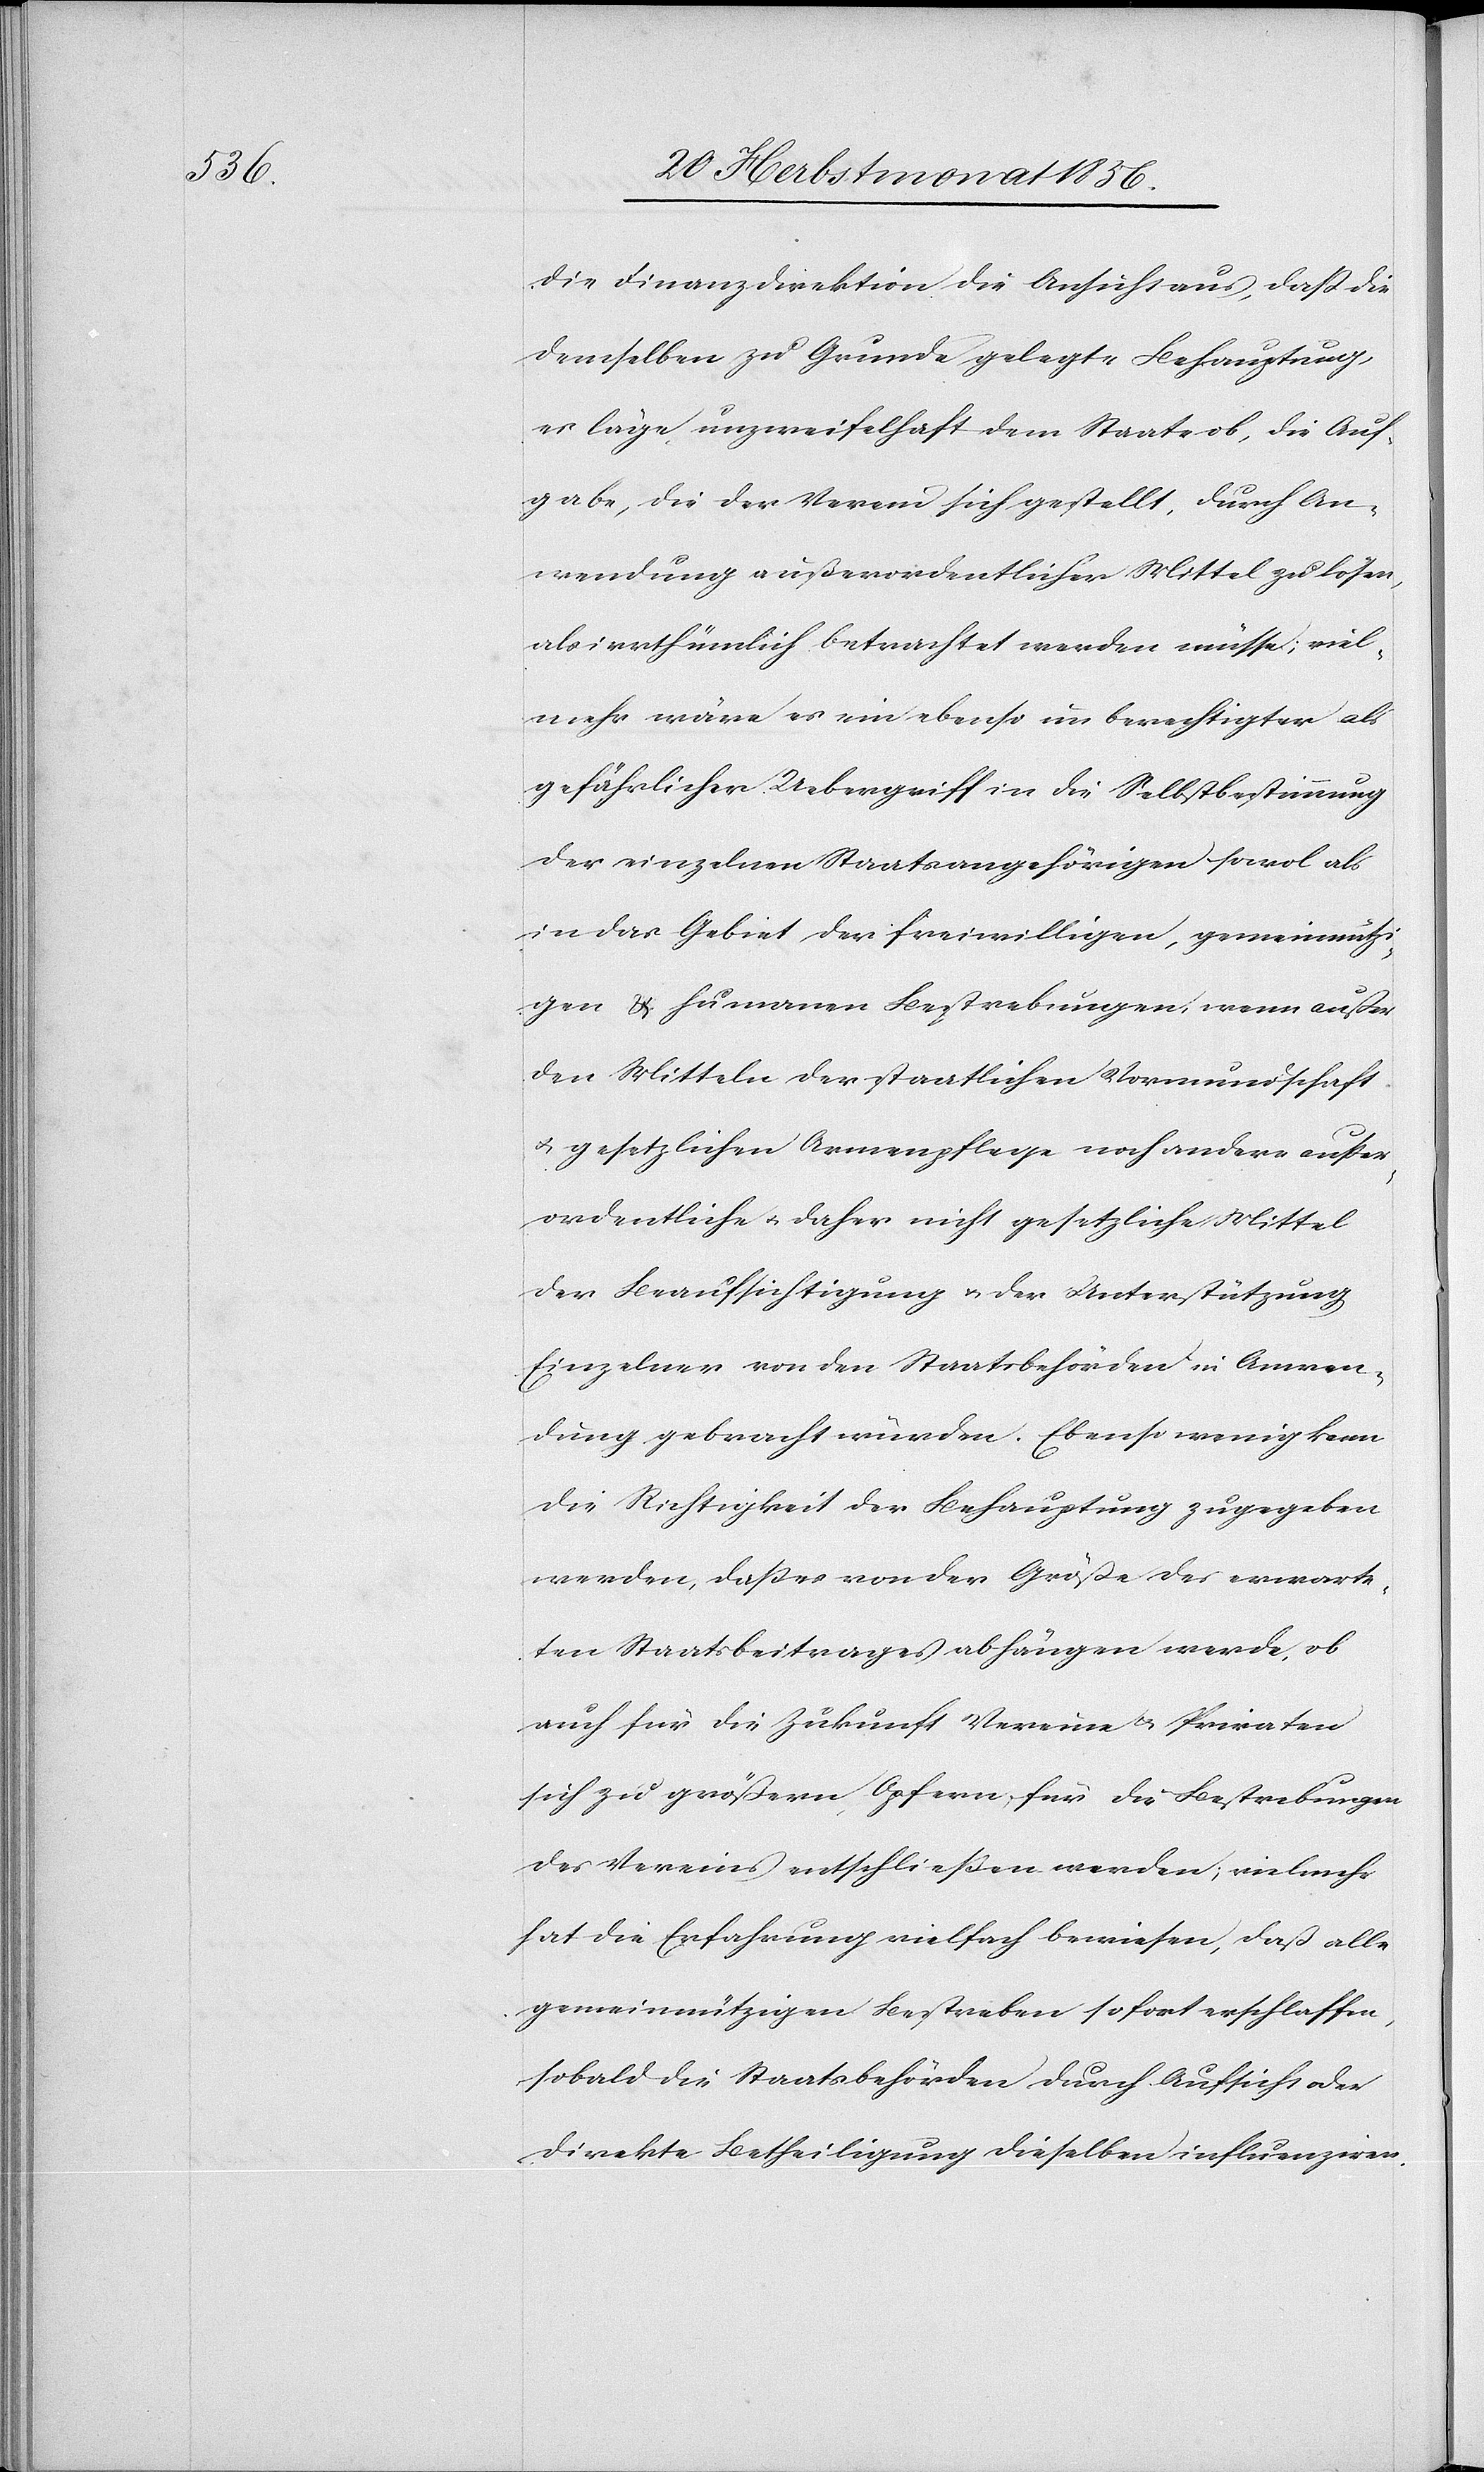
die Finanzdirektion die Ansicht aus, dass die
demselben zu Grunde gelegte Behauptung,
es läge unzweifelhaft dem Staate ob, die Auf¬
gabe, die der Verein sich gestellt, durch An¬
wendung außerordentlicher Mittel zu lösen,
als irrthümlich betrachtet werden müsse; viel¬
mehr wäre es ein ebenso unberechtigter als
gefährlicher Uebergriff in die Selbstbestimmung
der einzelnen Staatsangehörigen sowol als
in das Gebiet der freiwilligen, gemeinnützi¬
gen & humanen Bestrebungen, wenn außer
den Mitteln der staatlichen Vormundschaft
u. gesetzlichen Armenpflege noch andere ausser¬
ordentliche u. daher nicht gesetzliche Mittel
der Beaufsichtigung u. der Unterstützung
Einzelner von den Staatsbehörden in Anwen¬
dung gebracht würden. Ebenso wenig kann
die Richtigkeit der Behauptung zugegeben
werden, dass es von der Größe des erwarte¬
ten Staatsbeitrages abhängen werde, ob
auch für die Zukunft Vereine & Privaten
sich zu größern Opfern für die Bestrebungen
des Vereins entschliessen werden; vielmehr
hat die Erfahrung vielfach bewiesen, daß alle
gemeinnützigen Bestreben sofort erschlaffen,
sobald die Staatsbehörden durch Aufsicht oder
direkte Betheiligung dieselben influenziren.